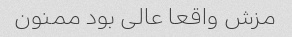
مزش واقعا عالی بود ممنون